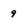
Character: 9